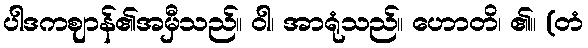
ပါဒကဈာန်၏အမှီသည်။ ဝါ၊ အာရုံသည်။ ဟောတိ၊ ၏။ (တံ